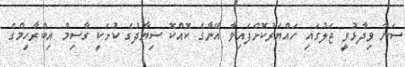
ސަނާ ވިދާޅުވީ ޖަލުގައި ހައްޔަރުކޮށްފައިވާ އޭނާގެ ކޮއްކޮ ސިޔާދުގެ ކުށަކީ ގާސިމް އިބްރާހިމްގެ